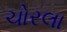
ચોરલા